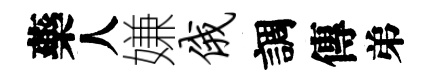
藥人嫌俄調傳弟